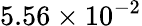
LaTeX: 5.56\times 10^{-2}